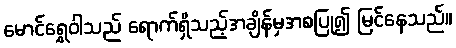
မောင်ရွှေဝါသည် ရောက်ရှိသည့်အချိန်မှအစပြု၍ မြင်နေသည်။